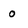
Character: 0